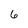
Character: 6